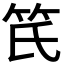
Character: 𥫽